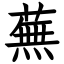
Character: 蕪